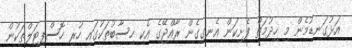
އަޅުގަނޑުމެން މި ހިދުމަތް ފެށިކަން އެނގިގެން ރާއްޖޭގެ އެކި ހިސާބުތަކުގައި ހުރި ހޮސްޕިޓަލްތަކުން